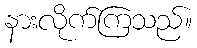
နားလိုက်ကြသည်။